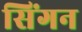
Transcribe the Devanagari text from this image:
सिंगन